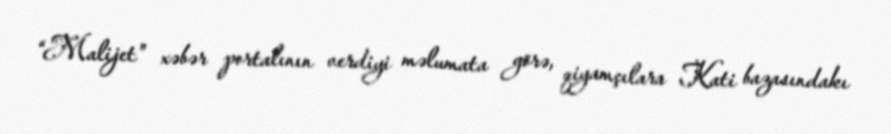
“Malijet” xəbər portalının verdiyi məlumata görə, qiyamçılara Kati bazasındakı